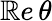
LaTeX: \mathbb{R}e\, \theta